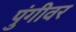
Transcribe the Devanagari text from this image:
पुंगीवर